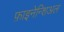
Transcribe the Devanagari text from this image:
फ़ाइनेन्शिअल